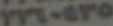
٢٣٦٠٤٢٥